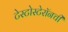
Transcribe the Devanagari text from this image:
टेस्टोस्टेरॉनची